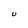
Character: U